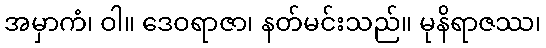
အမှာကံ၊ ဝါ။ ဒေဝရာဇာ၊ နတ်မင်းသည်။ မုနိရာဇဿ၊